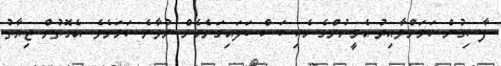
ފާސިގުން ކަމަށްވާއިރު އެމީހުންގެ ހެކި ބަސް ބަލައިގަނެގެން ނުވާނެ ކަމަށެވެ. އެގޮތުން ޒިޔާތު